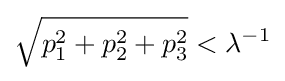
{\sqrt {p_{1}^{2}+p_{2}^{2}+p_{3}^{2}}}<\lambda ^{-1}